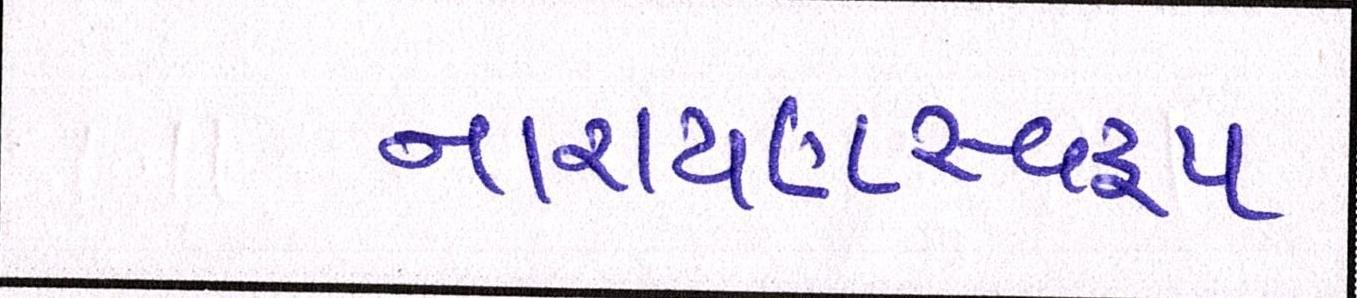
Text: નારાયણસ્વરૂપ